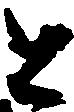
と